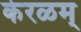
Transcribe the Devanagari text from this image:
केरळम्